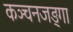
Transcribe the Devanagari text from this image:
कञ्चनजङ्गा